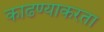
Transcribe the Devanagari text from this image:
काढण्याकरता